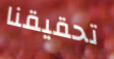
تحقيقنا